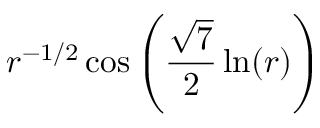
r ^ { - 1 / 2 } \cos \left( \frac { \sqrt { 7 } } { 2 } \ln ( r ) \right)